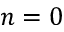
n = 0